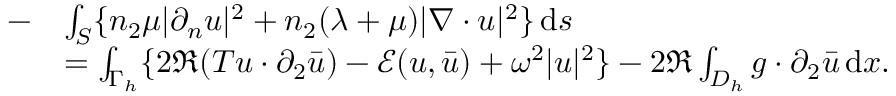
\begin{array} { r l } { - } & { \int _ { S } \{ n _ { 2 } \mu | \partial _ { n } u | ^ { 2 } + n _ { 2 } ( \lambda + \mu ) | \nabla \cdot u | ^ { 2 } \} \, \mathrm { d } s } \\ & { = \int _ { \Gamma _ { h } } \{ 2 \Re ( T u \cdot \partial _ { 2 } \bar { u } ) - \mathcal { E } ( u , \bar { u } ) + \omega ^ { 2 } | u | ^ { 2 } \} - 2 \Re \int _ { D _ { h } } g \cdot \partial _ { 2 } \bar { u } \, \mathrm { d } x . } \end{array}